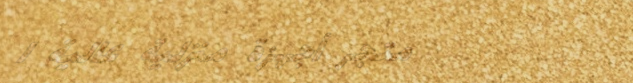
متجر أجهزة منزلية عالية ا